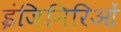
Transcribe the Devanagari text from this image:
इंजिनिरिओं